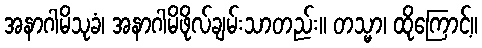
အနာဂါမိသုခံ၊ အနာဂါမိဖိုလ်ချမ်းသာတည်း။ တသ္မာ၊ ထိုကြောင့်။